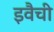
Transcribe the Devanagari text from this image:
इवैची